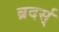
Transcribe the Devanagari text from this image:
ब्रदर्स्